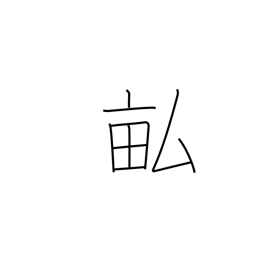
Meaning: fields